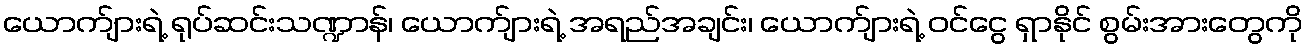
ယောက်ျားရဲ့ ရုပ်ဆင်းသဏ္ဍာန်၊ ယောက်ျားရဲ့ အရည်အချင်း၊ ယောက်ျားရဲ့ ဝင်ငွေ ရှာနိုင် စွမ်းအားတွေကို